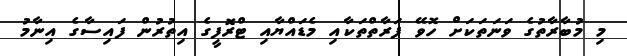
މި މުބާރާތުގެ ވަނަތަކަށް ހޮވޭ ފަރާތްތަކާއި މެޑައްޔާއި ޓްރޮފީގެ އިތުރުން ފައިސާގެ އިނާމު